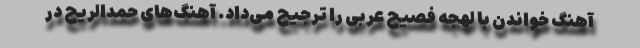
آهنگ خواندن با لهجه فصیح عربی را ترجیح می‌داد. آهنگ‌های حمدالریح در